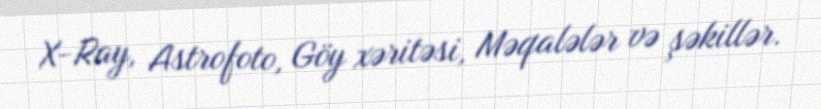
X-Ray, Astrofoto, Göy xəritəsi, Məqalələr və şəkillər.